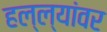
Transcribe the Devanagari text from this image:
हल्ल्यांवर